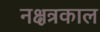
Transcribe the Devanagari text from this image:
नक्षत्रकाल